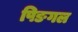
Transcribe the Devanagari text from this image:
पिङगल